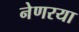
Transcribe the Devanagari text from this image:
नेणरया